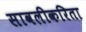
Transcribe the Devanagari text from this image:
सावलीकरिता